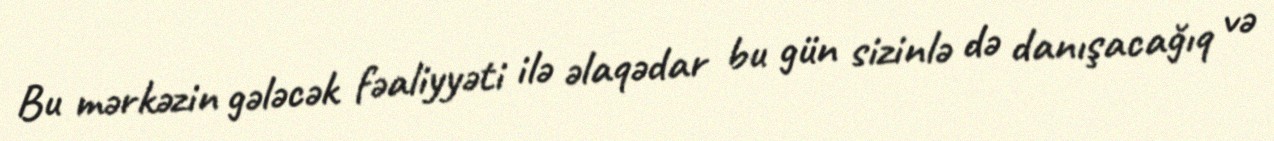
Bu mərkəzin gələcək fəaliyyəti ilə əlaqədar bu gün sizinlə də danışacağıq və